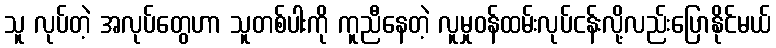
သူ လုပ်တဲ့ အလုပ်တွေဟာ သူတစ်ပါးကို ကူညီနေတဲ့ လူမှုဝန်ထမ်းလုပ်ငန်းလို့လည်းပြောနိုင်မယ်